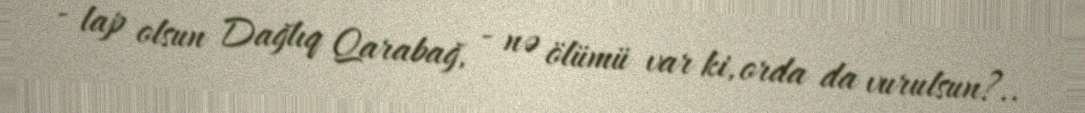
- lap olsun Dağlıq Qarabağ, - nə ölümü var ki, orda da vurulsun?..